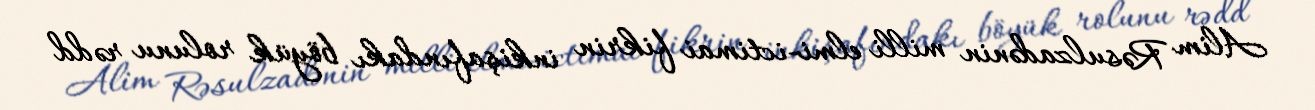
Alim Rəsulzadənin milli elmi-ictimai fikrin inkişafındakı böyük rolunu rədd